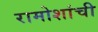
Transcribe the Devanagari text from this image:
रामोशांची